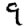
Digit: 9